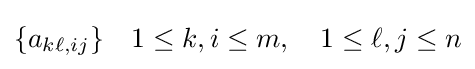
\{a_{k\ell ,ij}\}\quad 1\leq k,i\leq m,\quad 1\leq \ell ,j\leq n